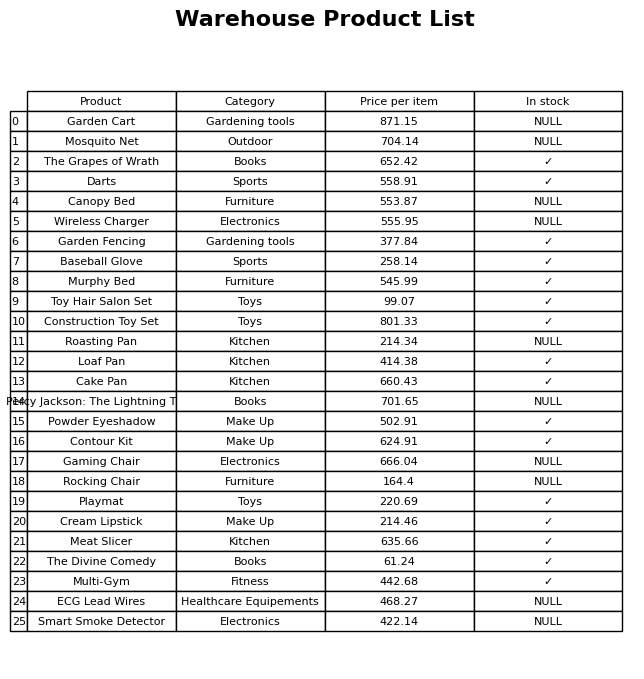
question: What is the price of the Garden Cart?
answer: The price of Garden Cart is 871.15.